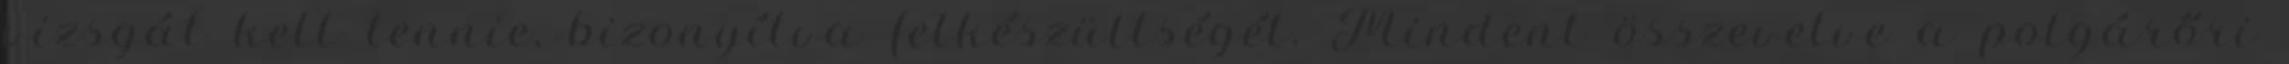
vizsgát kell tennie, bizonyítva felkészültségét. Mindent összevetve a polgárőri